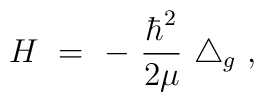
H \ = \ - \ \frac{\hbar^2}{2\mu} \ \triangle_g \ ,